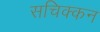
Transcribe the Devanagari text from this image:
सचिक्‍कन